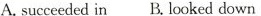
A.succeeded in B. Looked down